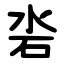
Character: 沯